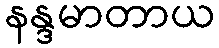
နန္ဒမာတာယ